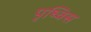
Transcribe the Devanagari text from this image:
पृथ्विस